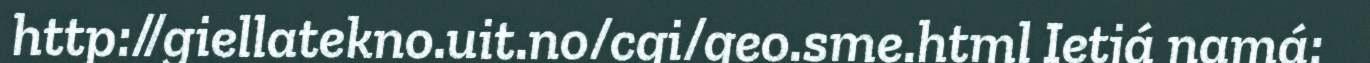
http://giellatekno.uit.no/cgi/geo.sme.html Ietjá namá: